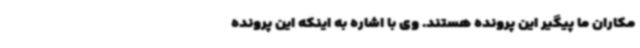
مکاران ما پیگیر این پرونده هستند. وی با اشاره به اینکه این پرونده